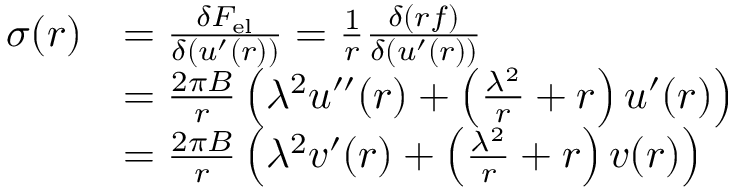
\begin{array} { r l } { \sigma ( r ) } & { = \frac { \delta { F } _ { \mathrm { { e l } } } } { \delta ( u ^ { \prime } ( r ) ) } = \frac { 1 } { r } \frac { \delta ( r f ) } { \delta ( u ^ { \prime } ( r ) ) } } \\ & { = \frac { 2 \pi B } { r } \left( \lambda ^ { 2 } u ^ { \prime \prime } ( r ) + \left( \frac { \lambda ^ { 2 } } { r } + r \right) u ^ { \prime } ( r ) \right) } \\ & { = \frac { 2 \pi B } { r } \left( \lambda ^ { 2 } v ^ { \prime } ( r ) + \left( \frac { \lambda ^ { 2 } } { r } + r \right) v ( r ) \right) } \end{array}